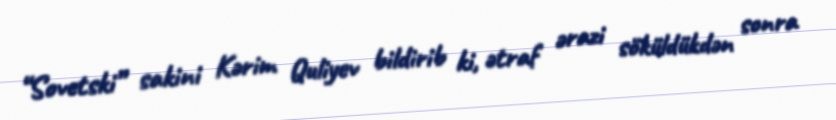
“Sovetski” sakini Kərim Quliyev bildirib ki, ətraf ərazi söküldükdən sonra